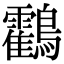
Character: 鸖